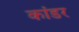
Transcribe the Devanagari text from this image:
कांडर